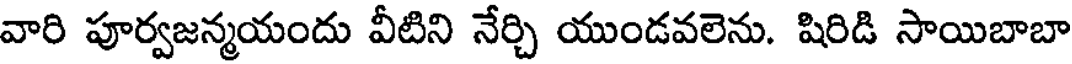
వారి పూర్వజన్మయందు వీటిని నేర్చి యుండవలెను. షిరిడి సాయిబాబా